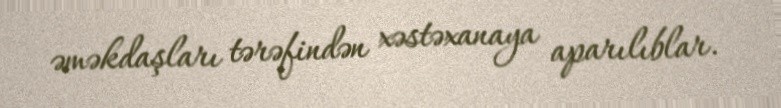
əməkdaşları tərəfindən xəstəxanaya aparılıblar.